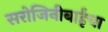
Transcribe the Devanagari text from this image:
सरोजिनीबाईंचा